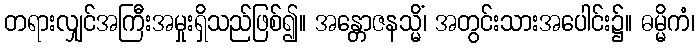
တရားလျှင်အကြီးအမှုးရှိသည်ဖြစ်၍။ အန္တောဇနသ္မိံ၊ အတွင်းသားအပေါင်း၌။ ဓမ္မိကံ၊